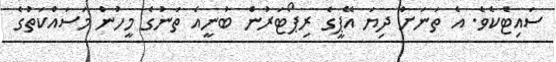
ސައިޓެކެވެ. އެ ތަނަށް ދިޔަ އޭޕީގެ ރިޕޯޓަރުން ބުނީއެ ތަނުގެ މީހުން މަސައްކަތުގެ